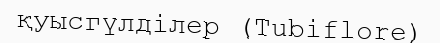
қуысгүлділер (Tubiflore)